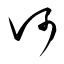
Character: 河